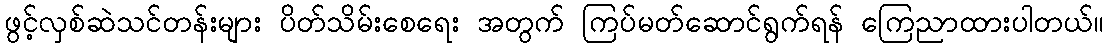
ဖွင့်လှစ်ဆဲသင်တန်းများ ပိတ်သိမ်းစေရေး အတွက် ကြပ်မတ်ဆောင်ရွက်ရန် ကြေညာထားပါတယ်။